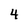
Character: 4